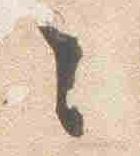
々